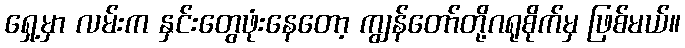
ရှေ့မှာ လမ်းက နှင်းတွေဖုံးနေတော့ ကျွန်တော်တို့ဂရုစိုက်မှ ဖြစ်မယ်။